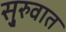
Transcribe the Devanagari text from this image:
सु्रुवात